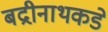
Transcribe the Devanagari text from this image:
बद्रीनाथकडे